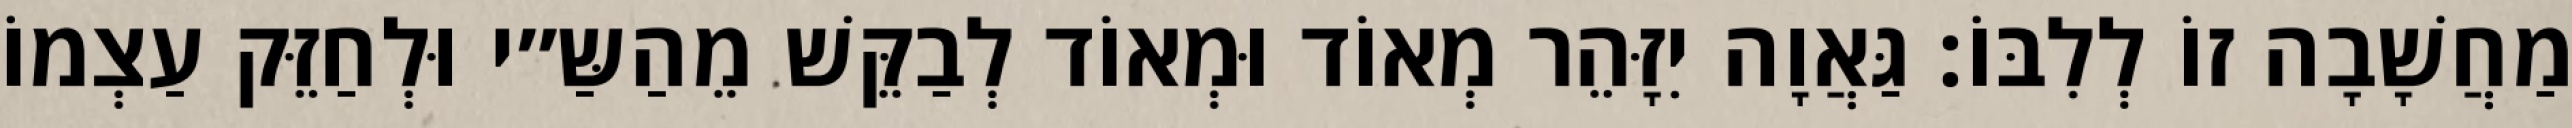
מַחֲשָׁבָה זוֹ לְלִבּוֹ: גַּאֲוָה יִזָּהֵר מְאוֹד וּמְאוֹד לְבַקֵּשׁ מֵהַשַּ״י וּלְחַזֵּק עַצְמוֹ